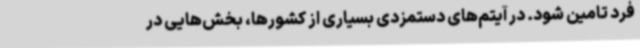
فرد تامین شود. در آیتم‌های دستمزدی بسیاری از کشورها، بخش‌هایی در